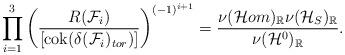
LaTeX: \begin{align*}\prod_{i=1}^3\left(\frac{R(\mathcal{F}_i)}{[\mathrm{cok}(\delta(\mathcal{F}_i)_{tor})]}\right)^{(-1)^{i+1}}=\frac{\nu(\mathcal{H}om)_{\mathbb{R}}\nu(\mathcal{H}_S)_{\mathbb{R}}}{\nu(\mathcal{H}^0)_{\mathbb{R}}}.\end{align*}